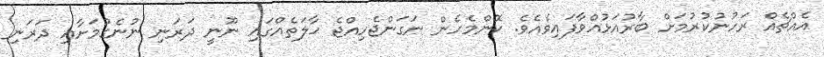
އެއްޗެއް ރަހުނުކުރުމަށް ބާރުއަޅުއްވާފައިވެއެވެ. ކޮންމެހެން ނަގަންޖެހިއްޖެ ޙާލަތެއްގައި ނޫނީ ދަރަނި ނުނެގުމަށާއި ދަރަނި